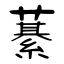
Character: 藄